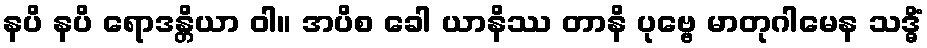
နပိ နပိ ရောဒန္တိယာ ဝါ။ အပိစ ခေါ ယာနိဿ တာနိ ပုဗ္ဗေ မာတုဂါမေန သဒ္ဓိံ